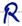
Text: R